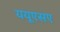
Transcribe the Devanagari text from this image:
ययूएसए